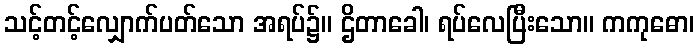
သင့်တင့်လျှောက်ပတ်သော အရပ်၌။ ဌိတာခေါ၊ ရပ်လေပြီးသော။ ကကုဓော၊